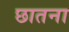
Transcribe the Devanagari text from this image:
छातना